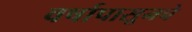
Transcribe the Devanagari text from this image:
वर्षापासूनचे